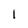
Character: 1